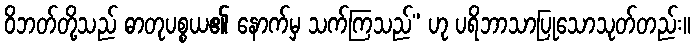
ဝိဘတ်တို့သည် ဓာတုပစ္စယ၏ နောက်မှ သက်ကြသည်” ဟု ပရိဘာသာပြုသောသုတ်တည်း။